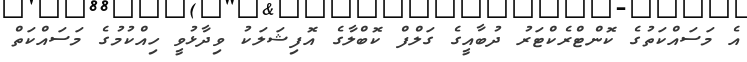
އެ މަސައްކަތުގެ ކޮންޓްރެކްޓަރު ދުބާއީގެ ގަލްފް ކޮބްލާގެ އޮފިޝަލަކު ވިދާޅުވީ ހިއްކުމުގެ މަސައްކަތް